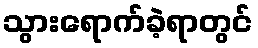
သွားရောက်ခဲ့ရာတွင်